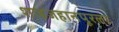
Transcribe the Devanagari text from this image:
शाहजहानपूरला